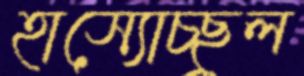
হাস্যোচ্ছ্বল